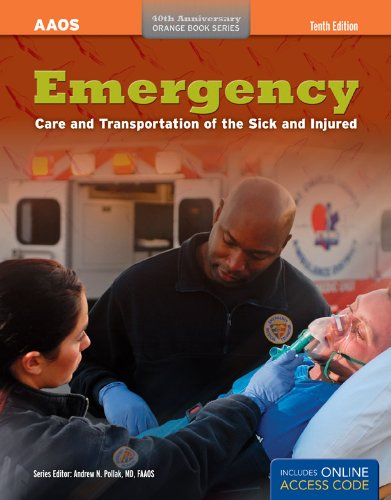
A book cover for Emergency Care And Transportation Of The Sick And Injured (AAOS Orange Books); American Academy of Orthopaedic Surgeons (AAOS); Medical Books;